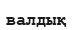
валдық